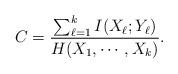
LaTeX: \begin{align*}C = \frac{ \sum_{\ell=1}^{k} I(X_{\ell}; Y_{\ell}) }{ H(X_1, \cdots, X_k) }.\end{align*}